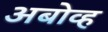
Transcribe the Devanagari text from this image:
अबोव्ह